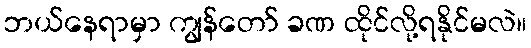
ဘယ်နေရာမှာ ကျွန်တော် ခဏ ထိုင်လို့ရနိုင်မလဲ။